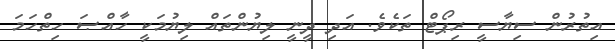
އިތުރުން ސިޔާސީ ރިޕޯޓް ތަކެވެ. އަދި ދީނީ ލިޔުންތައް ލިޔުމަކީ ހާއްޞަ ހިތްހަމަ